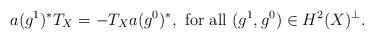
LaTeX: \begin{align*}a(g^1)^*T_X = -T_Xa(g^0)^*, \mbox{ for all } (g^1, g^0) \in H^2(X)^\perp.\end{align*}